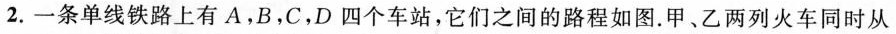
2.一条单线铁路上有A，B，C，D四个车站，它们之间的路程如图。甲、乙两列火车同时从